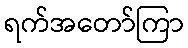
ရက်အတော်ကြာ